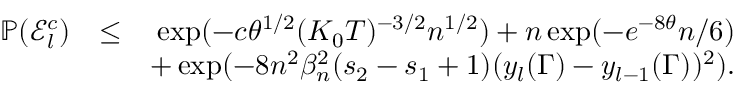
\begin{array} { r l r } { \mathbb { P } ( \mathscr { E } _ { l } ^ { c } ) } & { \leq } & { \exp ( - c \theta ^ { 1 \slash 2 } ( K _ { 0 } T ) ^ { - 3 \slash 2 } n ^ { 1 \slash 2 } ) + n \exp ( - e ^ { - 8 \theta } n \slash 6 ) } \\ & { } & { + \exp ( - 8 n ^ { 2 } \beta _ { n } ^ { 2 } ( s _ { 2 } - s _ { 1 } + 1 ) ( y _ { l } ( \Gamma ) - y _ { l - 1 } ( \Gamma ) ) ^ { 2 } ) . } \end{array}